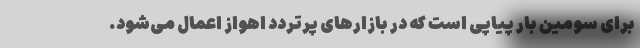
برای سومین بار پیاپی است که در بازارهای پرتردد اهواز اعمال می‌شود.